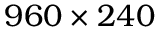
9 6 0 \times 2 4 0